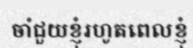
ចាំជួយខ្ញុំរហូតពេលខ្ញុំ